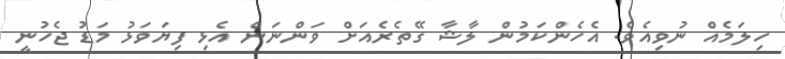
ހިލަމެއް ނުވިއެވެ. އެހެންކަމުން ލާޝާ ގޭތެރެއަށް ވަންނަން އެޅި ފިޔަވަޅު މަޑު ޖެހުނީ